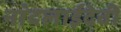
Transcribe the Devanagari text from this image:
नांदलाईदेवी